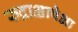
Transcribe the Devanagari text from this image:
रुद्राक्षापेक्षा